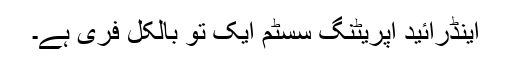
اینڈرائید اپریٹنگ سسٹم ایک تو بالکل فری ہے۔